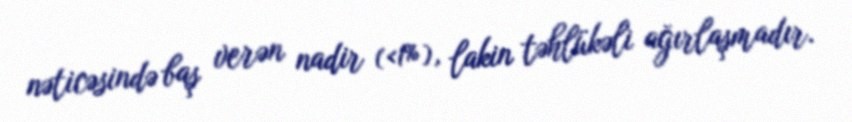
nəticəsində baş verən nadir (<1%), lakin təhlükəli ağırlaşmadır.